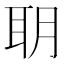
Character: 䎳